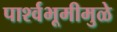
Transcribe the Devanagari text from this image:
पार्श्‍वभूमीमुळे